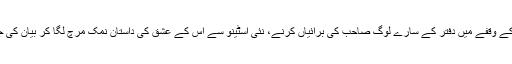
لنچ کے وقفے میں دفتر کے سارے لوگ صاحب کی برائیاں کرنے، نئی اسٹینو سے اس کے عشق کی داستان نمک مرچ لگا کر بیان کی جاتی۔